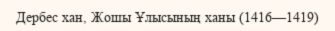
Дербес хан, Жошы Ұлысының ханы (1416—1419)